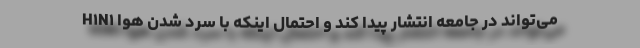
H۱N۱ می‌تواند در جامعه انتشار پیدا کند و احتمال اینکه با سرد شدن هوا